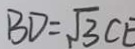
B D = \sqrt { 3 } C E